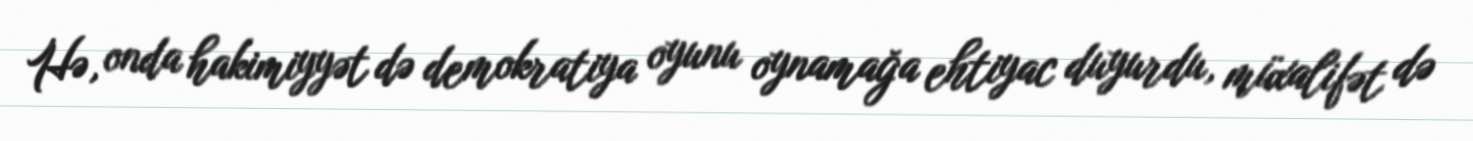
Hə, onda hakimiyyət də demokratiya oyunu oynamağa ehtiyac duyurdu, müxalifət də